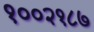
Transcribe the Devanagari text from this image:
१००२१८७